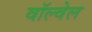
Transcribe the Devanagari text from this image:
वॉल्वेल